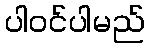
ပါဝင်ပါမည်